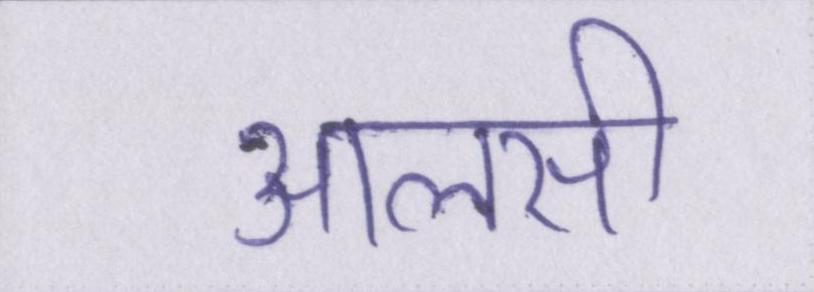
आलसी